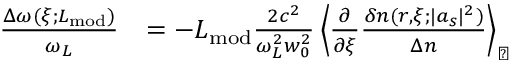
\begin{array} { r l } { \frac { \Delta \omega ( \xi ; L _ { \mathrm { m o d } } ) } { \omega _ { L } } } & { = - L _ { \mathrm { m o d } } \frac { 2 c ^ { 2 } } { \omega _ { L } ^ { 2 } w _ { 0 } ^ { 2 } } \left\langle \frac { \partial } { \partial \xi } \frac { \delta n ( r , \xi ; | a _ { s } | ^ { 2 } ) } { \Delta n } \right\rangle _ { \perp } } \end{array}